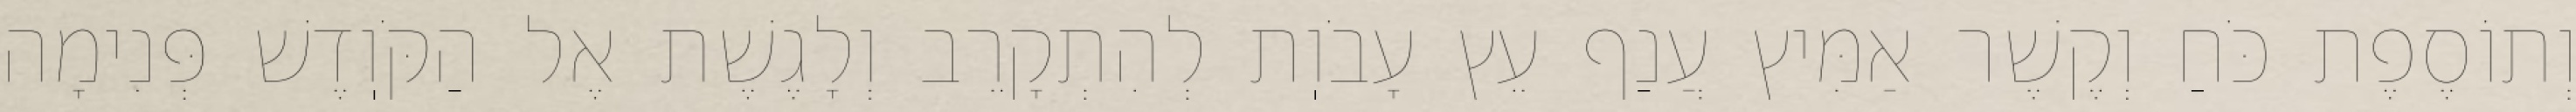
וְתוֹסֶפֶת כֹּחַ וְקֶשֶׁר אַמִּיץ עֲנַף עֵץ עָבֹוֽת לְהִתְקָרֵב וְלָגֶשֶׁת אֶל הַקֹּוֽדֶשׁ פְּנִימָה